Leprosy in India: report of the Leprosy Commission in India, 1890-91
Year: 1890
Disease focus: Leprosy
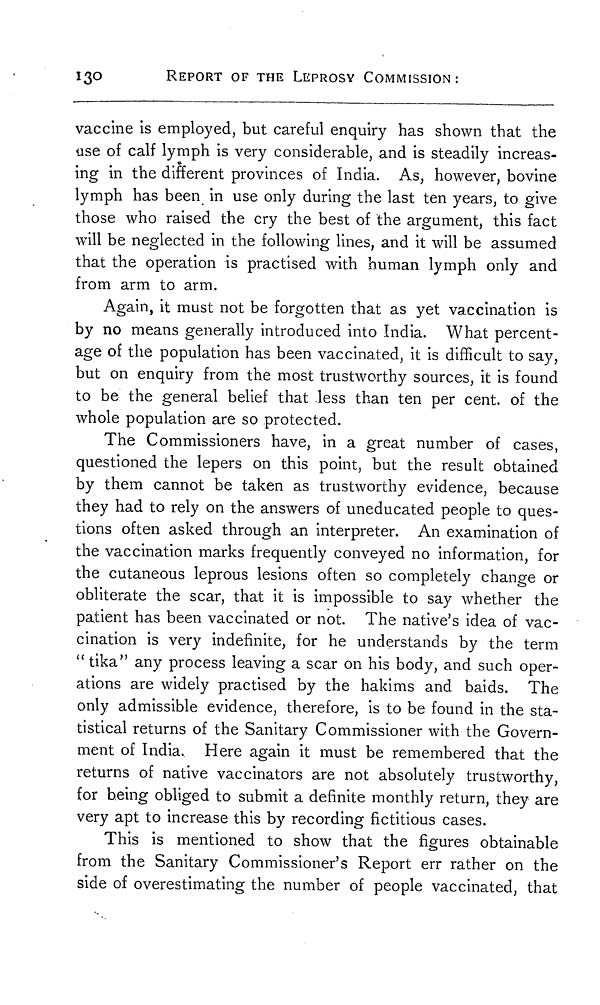
130
REPORT OF THE LEPROSY COMMISSION:
vaccine is employed, but careful enquiry has shown that the
use of calf lymph is very considerable, and is steadily increas-
ing in the different provinces of India. As, however, bovine
lymph has been in use only during the last ten years, to give
those who raised the cry the best of the argument, this fact
will be neglected in the following lines, and it will be assumed
that the operation is practised with human lymph only and
from arm to arm.
Again, it must not be forgotten that as yet vaccination is
by no means generally introduced into India. What percent-
age of the population has been vaccinated, it is difficult to say,
but on enquiry from the most trustworthy sources, it is found
to be the general belief that less than ten per cent, of the
whole population are so protected.
The Commissioners have, in a great number of cases,
questioned the lepers on this point, but the result obtained
by them cannot be taken as trustworthy evidence, because
they had to rely on the answers of uneducated people to ques-
tions often asked through an interpreter. An examination of
the vaccination marks frequently conveyed no information, for
the cutaneous leprous lesions often so completely change or
obliterate the scar, that it is impossible to say whether the
patient has been vaccinated or not. The native's idea of vac-
cination is very indefinite, for he understands by the term
" tika" any process leaving a scar on his body, and such oper-
ations are widely practised by the hakims and baids. The
only admissible evidence, therefore, is to be found in the sta-
tistical returns of the Sanitary Commissioner with the Govern-
ment of India. Here again it must be remembered that the
returns of native vaccinators are not absolutely trustworthy,
for being obliged to submit a definite monthly return, they are
very apt to increase this by recording fictitious cases.
This is mentioned to show that the figures obtainable
from the Sanitary Commissioner's Report err rather on the
side of overestimating the number of people vaccinated, that